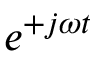
\, e ^ { + j \omega t }